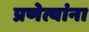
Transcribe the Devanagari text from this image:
प्रणेत्यांना